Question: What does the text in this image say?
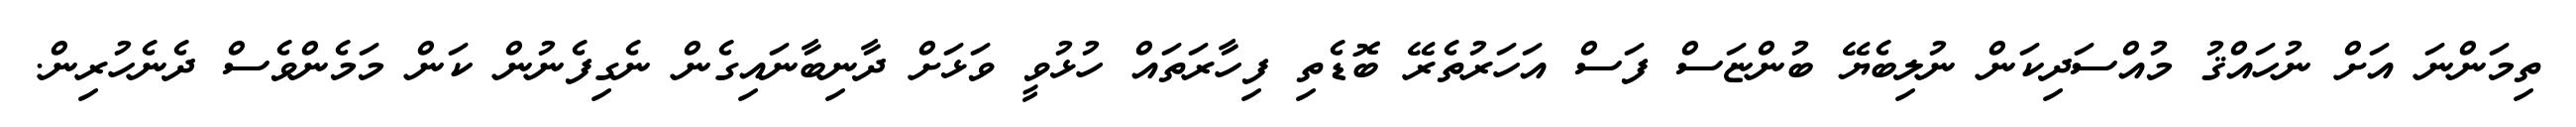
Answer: ތިމަންނަ އަށް ނުހައްޤު މުއްސަދިކަން ނުލިބެޔޭ ބުންޏަސް ފަސް އަހަރުތެރޭ ބޮޑެތި ފިހާރަތައް ހުޅުވީ ވަޅަށް ދާނިބާނައިގެން ނެގިފެނުން ކަން މަމެންވެސް ދެނެހުރިން.